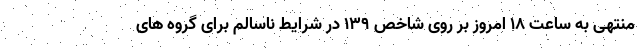
منتهی به ساعت ۱۸ امروز بر روی شاخص ۱۳۹ در شرایط ناسالم برای گروه های